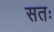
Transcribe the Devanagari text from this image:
सतः